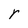
Character: r